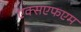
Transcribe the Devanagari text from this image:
एक्सएफएम